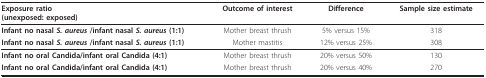
| Exposure ratio(unexposed: exposed) | Outcome of interest | Difference | Sample size estimate |
 | --- | --- | --- | --- |
 | Infant no nasal S. aureus /infant nasal S. aureus (1:1) | Mother breast thrush | 5% versus 15% | 318 |
 | Infant no nasal S. aureus /infant nasal S. aureus (1:1) | Mother mastitis | 12% versus 25% | 308 |
 | Infant no oral Candida/infant oral Candida (4:1) | Mother breast thrush | 20% versus 50% | 130 |
 | Infant no oral Candida/infant oral Candida (4:1) | Mother breast thrush | 20% versus 40% | 270 |